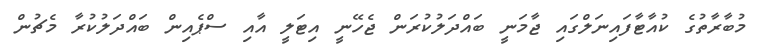
މުބާރާތުގެ ކުއާޓާފައިނަލްގައި ޖާމަނީ ބައްދަލުކުރަން ޖެހޭނީ އިޓަލީ އާއި ސްޕެއިން ބައްދަލުކުރާ މެޗުން